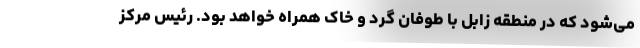
می‌شود که در منطقه زابل با طوفان گرد و خاک همراه خواهد بود. رئیس مرکز